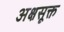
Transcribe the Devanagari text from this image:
अक्षसूक्त